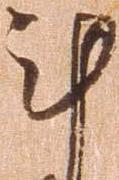
計